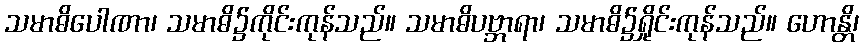
သမာဓိပေါဏာ၊ သမာဓိ၌ကိုင်းကုန်သည်။ သမာဓိပဗ္ဘာရာ၊ သမာဓိ၌ရှိုင်းကုန်သည်။ ဟောန္တိ၊